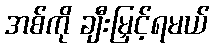
အစ်ကို ချီးမြှင့်ရမယ်